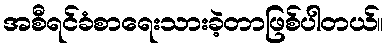
အစီရင်ခံစာရေးသားခဲ့တာဖြစ်ပါတယ်။